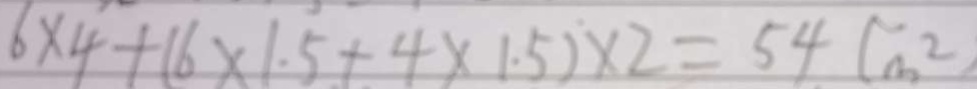
6 \times 4 + ( 6 \times 1 . 5 + 4 \times 1 . 5 ) \times 2 = 5 4 ( m ^ { 2 } )